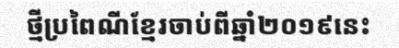
ថ្មីប្រពៃណីខ្មែរចាប់ពីឆ្នាំ២០១៩នេះ